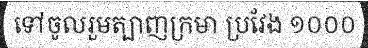
ទៅចូលរួមត្បាញក្រមា ប្រវែង ១០០០